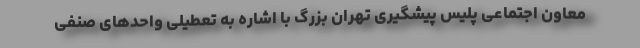
معاون اجتماعی پلیس پیشگیری تهران بزرگ با اشاره به تعطیلی واحدهای صنفی